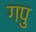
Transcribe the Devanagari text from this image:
गपु